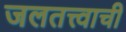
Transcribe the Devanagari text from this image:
जलतत्त्वाची